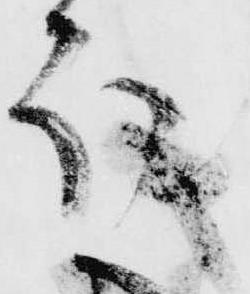
ほ